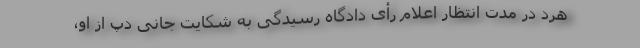
هرد در مدت انتظار اعلام رأی دادگاه رسیدگی به شکایت جانی دپ از او،